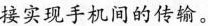
接实现手机间的传输。